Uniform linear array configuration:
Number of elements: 24
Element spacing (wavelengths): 0.5
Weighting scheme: cosine
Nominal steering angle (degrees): -15
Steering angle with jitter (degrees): -15.81
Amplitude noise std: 0.05
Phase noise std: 0.05

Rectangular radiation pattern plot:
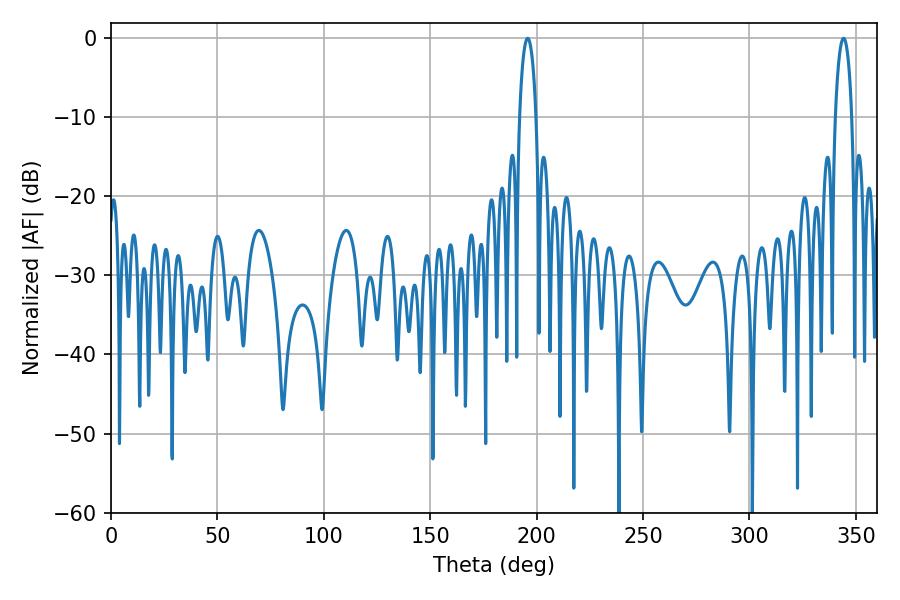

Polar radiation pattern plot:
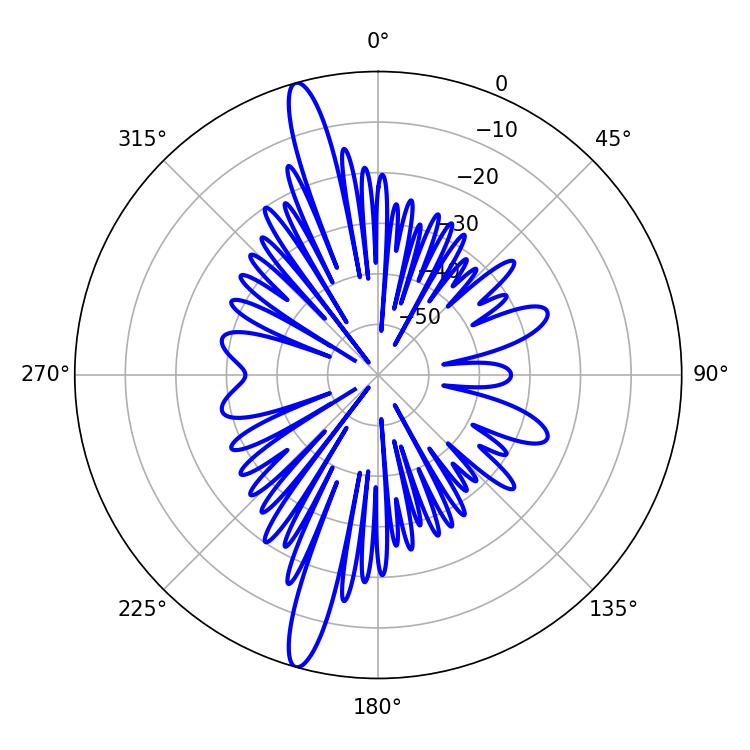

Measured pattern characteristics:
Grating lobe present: FALSE
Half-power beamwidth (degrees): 4.32
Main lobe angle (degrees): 344.16